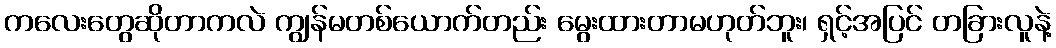
ကလေးတွေဆိုတာကလဲ ကျွန်မတစ်ယောက်တည်း မွေးထားတာမဟုတ်ဘူး၊ ရှင့်အပြင် တခြားလူနဲ့